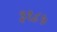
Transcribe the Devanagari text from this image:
३१८५